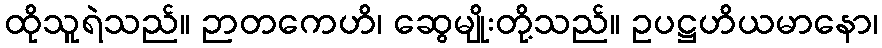
ထိုသူရဲသည်။ ဉာတကေဟိ၊ ဆွေမျိုးတို့သည်။ ဥပဋ္ဌဟိယမာနော၊